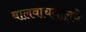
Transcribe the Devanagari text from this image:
बालवाचनालये